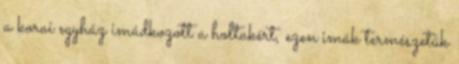
a korai egyház imádkozott a holtakért, ezen imák természetük